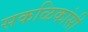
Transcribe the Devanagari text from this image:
सकळिकांसी